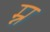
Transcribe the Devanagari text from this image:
म्न